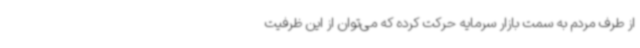
از طرف مردم به سمت بازار سرمایه حرکت کرده که می‌توان از این ظرفیت